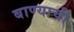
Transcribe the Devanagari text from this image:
बाण्याची